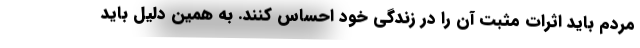
مردم باید اثرات مثبت آن را در زندگی خود احساس کنند. به همین دلیل باید